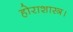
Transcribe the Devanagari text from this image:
होराशास्त्र।